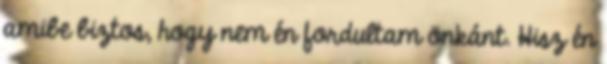
amibe biztos, hogy nem én fordultam önkánt. Hisz én